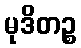
မုဒိတဉ္စ